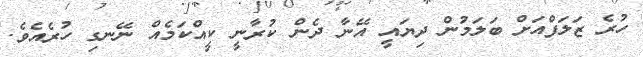
ހުރެ ޒަލަފްއަށް ބަލަމުން ދިޔައީ އޭނާ ދެން ކުރާނީ ކީއްކަމެއް ނޭނގި ހުރެއެވެ.